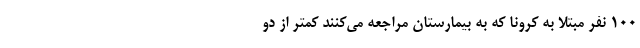
۱۰۰ نفر مبتلا به کرونا که به بیمارستان مراجعه می‌کنند کمتر از دو